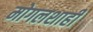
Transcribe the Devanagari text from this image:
मोगलशाही